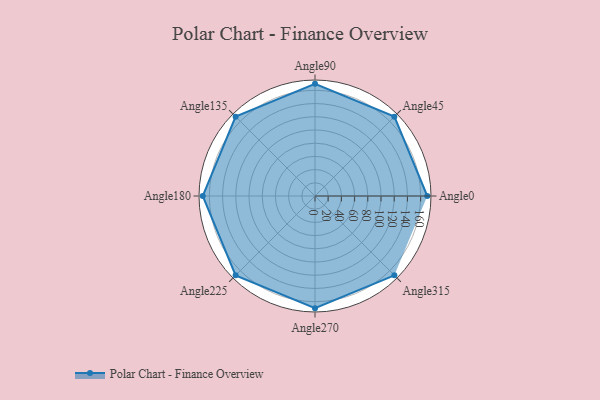
{"axis": {"x": "Angle", "y": "Radius"}, "legend": [""], "data": [{"x": "Angle0", "y": 170, "type": ""}, {"x": "Angle45", "y": 170.0, "type": ""}, {"x": "Angle90", "y": 170, "type": ""}, {"x": "Angle135", "y": 170, "type": ""}, {"x": "Angle180", "y": 170, "type": ""}, {"x": "Angle225", "y": 170, "type": ""}, {"x": "Angle270", "y": 170, "type": ""}, {"x": "Angle315", "y": 170.0, "type": ""}]}